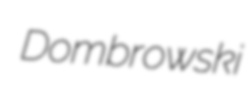
Dombrowski